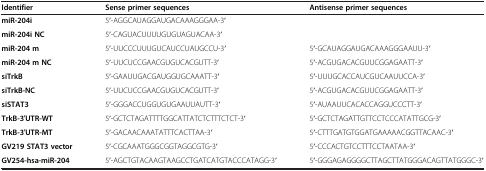
| Identifier | Sense primer sequences | Antisense primer sequences |
 | --- | --- | --- |
 | miR-204i | 5′-AGGCAUAGGAUGACAAAGGGAA-3′ |  |
 | miR-204i NC | 5′-CAGUACUUUUGUGUAGUACAA-3′ |  |
 | miR-204 m | 5′-UUCCCUUUGUCAUCCUAUGCCU-3′ | 5′-GCAUAGGAUGACAAAGGGAAUU-3′ |
 | miR-204 m NC | 5′-UUCUCCGAACGUGUCACGUTT-3′ | 5′-ACGUGACACGUUCGGAGAATT-3′ |
 | siTrkB | 5′-GAAUUGACGAUGGUGCAAATT-3′ | 5′-UUUGCACCAUCGUCAAUUCCA-3′ |
 | siTrkB-NC | 5′-UUCUCCGAACGUGUCACGUTT-3′ | 5′-ACGUGACACGUUCGGAGAATT-3′ |
 | siSTAT3 | 5′-GGGACCUGGUGUGAAUUAUTT-3′ | 5′-AUAAUUCACACCAGGUCCCTT-3′ |
 | TrkB-3′UTR-WT | 5′-GCTCTAGATTTTGGCATTATCTCTTTCTCT-3′ | 5′-GCTCTAGATTGTTCCTCCCATATTGCG-3′ |
 | TrkB-3′UTR-MT | 5′-GACAACAAATATTTCACTTAA-3′ | 5′-CTTTGATGTGGATGAAAAACGGTTACAAC-3′ |
 | GV219 STAT3 vector | 5′-CGCAAATGGGCGGTAGGCGTG-3′ | 5′-CCCACTGTCCTTTCCTAATAA-3′ |
 | GV254-hsa-miR-204 | 5′-AGCTGTACAAGTAAGCCTGATCATGTACCCATAGG-3′ | 5′-GGGAGAGGGGCTTAGCTTATGGGACAGTTATGGGC-3′ |